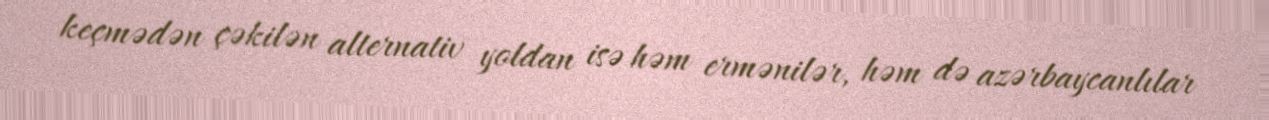
keçmədən çəkilən alternativ yoldan isə həm ermənilər, həm də azərbaycanlılar